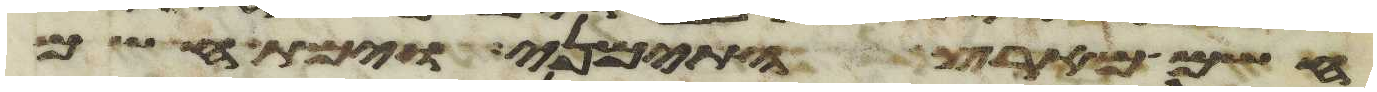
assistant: חשם מארץ התימני וימת חשם